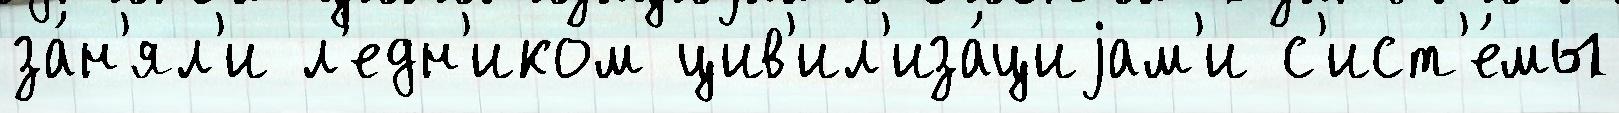
за́н'ял'и л'едн'иком цив'ил'иза́циjам'и с'ист'е́мы